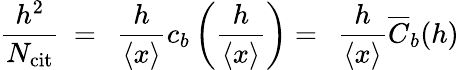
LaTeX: \frac{h^{2}}{N_{\mathrm{cit}}}\: =\: \: \frac{h}{\left\langle{x}\right\rangle}c_{b}\left(\frac{h}{\left\langle{x}\right\rangle}\right)=\: \: \frac{h}{\left\langle{x}\right\rangle}\overline{{C}}_{b}(h)